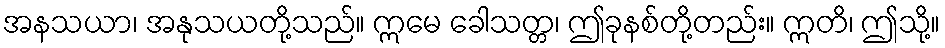
အနသယာ၊ အနုသယတို့သည်။ ဣမေ ခေါသတ္တ၊ ဤခုနစ်တို့တည်း။ ဣတိ၊ ဤသို့။